Report on sanitation, dispensaries, and jails in Rajputana for 1917, and on vaccination for the year 1917-1918 - 1917-1918
Year: 1917
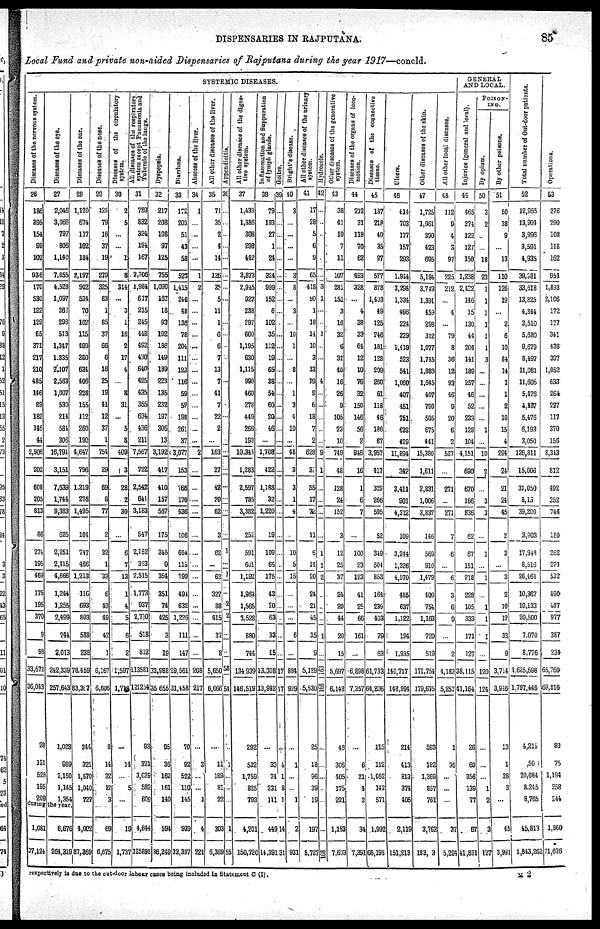
DISPENSARIES IN RAJPUTANA.
85
Local Fund and private non-aided Dispensaries of Rajputana during the year 1917—concld.
SYSTEMIC DISEASES.
Diseases
of the nervous system.
28
186
395
154
99
102
936
170
530
122
129
65
371
217
210
485
146
89
182
145
44
2,906
202
608
205
813
86
274
195
469
175
195
370
9
98
33,672
36,043
28
121
528
195
209
Diseases
of the eye.
27
2,046
3,066
797
806
1,140
7,855
4,528
1,097
362
298
513
1,347
1,335
2,107
2,563
1,007
530
214
584
306
16,791
3,151
7,639
1,744
9,383
625
2,251
2,415
4,666
1,244
1,255
2,499
744
2,013
242,339
257,643
1,028
989
2,160
1,145
1,354
during the year.
1,081
37,124
6,676
264,319
Diseases of the ear.
28
1,120
674
117
102
184
2,197
902
534
70
162
115
499
380
634
406
228
155
112
260
190
4,647
796
1,219
276
1,495
104
747
466
1,213
110
693
803
588
238
78,459
83,367
344
321
1,570
1,040
727
4,002
87,389
Diseases
of the nose.
29
128
79
16
37
19
279
325
83
1
85
37
66
6
16
25
19
41
12
37
1
754
29
69
8
77
2
32
1
33
6
43
49
42
1
6,167
6,606
8
14
32
12
3
69
6,675
Diseases
of the circulatory
system.
30
2
5
...
...
1
8
314
...
3
1
16
2
17
4
...
8
31
...
5
8
409
3
28
2
30
...
6
7
13
1
4
5
6
2
1,597
1,718
...
14
...
5
...
19
1,737
All diseases
of the respiratory
system except Pneumonia and
Tubercle of the lungs.
31
789
832
324
194
167
2,306
1,984
617
215
245
448
492
430
640
425
435
355
634
436
211
7,567
722
2,542
641
3,183
547
2,152
353
2,515
1,773
937
2,710
518
812
113,581
121,254
93
321
3,039
582
609
4,644
125,898
Dyspepsia.
32
217
208
108
97
125
755
1,090
167
18
93
192
186
149
189
223
135
232
197
306
13
3,192
417
410
157
567
175
345
9
354
351
74
425
3
19
33,988
35,655
95
36
162
161
140
594
36,249
Diarrhœa.
33
172
203
51
43
58
527
1,415
240
48
136
78
204
111
123
116
59
58
198
261
37
3,077
153
766
170
936
106
684
115
799
491
632
1,226
111
147
29,561
31,458
70
92
522
110
145
939
32,397
Abscess of the liver.
34
1
...
...
...
...
1
2
...
...
...
...
...
...
...
...
...
...
...
...
...
2
...
...
...
...
...
...
...
...
...
...
...
...
...
208
217
...
3
...
...
1
4
221
All other diseases of the liver.
35
71
35
2
4
14
126
35
5
11
1
6
6
7
13
7
41
7
22
2
...
163
27
42
20
62
3
62
...
62
327
88
415
37
8
5,650
6,066
...
11
189
81
22
303
6,369
Appendicities
36
...
...
...
...
...
...
...
...
...
...
...
...
...
...
...
...
...
...
...
...
...
...
...
...
...
...
1
...
1
...
2
2
...
...
58
54
...
1
...
...
...
1
55
All other diseases of the diges¬
tive system.
37
1,439
1,386
308
298
442
3,873
2,945
927
238
297
660
1,185
630
1,115
990
460
278
449
266
193
10,343
1,283
2,597
785
3,382
252
591
601
1,192
1,963
1,565
3,528
880
744
134,939
146,519
292
532
1,759
825
793
4,201
150,720
Inflammation and Suppuration
of lymph glands.
38
79
193
27
1
21
324
999
152
6
102
35
112
19
65
38
54
60
20
46
...
1,708
122
1,188
32
1,220
19
109
65
175
43
20
63
33
45
13,308
13,942
...
33
74
231
111
449
14,391
Goitre.
39
...
...
...
...
...
...
...
...
...
...
...
...
...
...
...
...
...
...
...
...
...
...
...
...
...
...
...
...
...
...
...
...
...
...
17
17
...
4
1
8
1
14
31
Bright's disease.
40
3
...
...
...
...
3
8
...
3
...
10
1
...
8
...
1
3
4
10
...
48
3
3
1
4
...
10
5
15
...
...
...
6
...
884
929
...
1
...
...
1
2
931
All other diseases
of the urinary
system.
41
17
28
5
6
9
65
418
90
1
18
14
10
3
13
19
9
6
18
7
2
628
37
55
17
72
11
6
14
20
24
21
45
35
9
5,129
5,630
25
18
96
39
19
197
5,727
Hydrocele
42
...
...
...
...
...
...
3
1
...
...
1
...
...
...
4
...
...
...
...
...
9
1
...
...
...
...
1
1
2
...
...
...
1
...
168
168
...
...
...
...
...
...
168
Other diseases
of the generative
system.
43
38
41
10
7
11
107
281
151
3
16
32
6
31
40
16
26
9
105
23
10
749
48
128
24
152
3
12
25
37
21
20
44
20
15
5,697
6,148
46
306
405
175
221
1,153
7,603
Diseases of the organ a of loco¬
motion.
44
212
31
118
70
62
493
328
...
4
38
33
64
12
10
76
32
150
146
56
2
946
16
1
6
7
...
100
23
123
11
25
66
161
...
6,898
7,357
...
6
21
4
3
34
7,391
Diseases of the connective
tissue.
45
187
218
40
35
97
577
878
1,403
49
125
746
181
128
209
260
61
118
46
186
67
3,957
417
329
266
595
52
349
504
853
164
239
403
79
63
61,733
64,206
115
112
1,052
142
571
1,992
66,198
Ulcers.
46
614
703
177
157
293
1,944
3,298
1,334
496
224
329
1,419
523
541
1,060
407
451
751
632
429
11,894
342
3,411
901
4,312
109
3,244
1,326
4,570
485
637
1,122
194
1,935
140,717
148,994
214
413
813
374
405
2,11
151,213
Other diseases of the skin.
47
1,725
1,961
330
423
695
5,194
3,749
1,391
459
298
312
1,077
1,745
1,886
1,645
407
790
505
675
441
15,380
1,611
2,831
1,006
3,837
146
569
910
1,479
409
754
1,163
720
519
171,754
179,675
593
182
1,369
857
761
3,762
183,03
All other local diseases.
48
112
9
4
3
97
225
212
...
4
...
79
8
36
12
93
46
9
20
6
2
527
...
271
...
271
7
6
...
6
3
6
9
...
2
4,182
5,257
1
36
...
...
...
37
5,294
GENERAL
AND LOCAL.
Injuries (general and local).
49
465
374
122
127
150
1,238
2,432
146
15
130
44
204
141
189
257
46
52
233
128
104
1,151
690
670
166
836
62
67
151
718
228
105
333
171
127
38,115
41,164
26
69
356
139
77
67
41,831
POISON¬
ING.
By opium.
50
3
2
...
...
18
23
1
1
1
1
1
1
3
...
...
...
...
...
1
10
2
...
3
3
...
1
...
1
...
1
1
1
...
120
124
...
...
...
1
2
3
127
By other poisons.
51
50
38
9
...
13
110
126
19
...
2
6
10
34
14
1
1
2
10
15
4
294
24
21
24
45
2
3
...
3
2
10
12
33
9
3,714
3,916
13
1
28
3
...
45
3,991
Total number of Out-door patients.
52
12,955
13,901
3,996
3,591
4,935
39,381
33,618
13,825
4,344
3,510
5,680
9,679
8,497
11,081
11,605
5,476
4,807
5,476
6,193
3,050
126,811
15,006
31,050
8,150
39,200
3,903
17,948
8,516
26,464
10,367
10,133
20,500
7,070
8,776
1,635,698
1,797,449
4,215
50
20,084
8,245
8,765
45,813
1,813,262
Operations.
53
276
290
108
118
162
951
1,893
2,106
172
177
341
438
397
1,052
633
264
227
117
370
156
8,343
812
492
252
744
180
262
279
532
490
487
977
387
234
65,760
69,316
89
75
1,194
258
244
1,860
71,676
respectively is due to the out-door labour cases being included in Statement C (I).
M 2